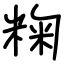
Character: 粷